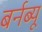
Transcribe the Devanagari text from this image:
बर्नब्यू